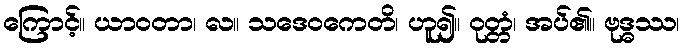
ကြောင့်။ ယာဝတာ၊ လ။ သဒေဝကေတိ၊ ဟူ၍။ ဝုတ္တံ၊ အပ်၏။ ဗုဒ္ဓဿ၊